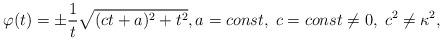
LaTeX: \begin{align*} \varphi(t) = \pm \frac{1}{t} \sqrt{(c t+a)^2 + t^2}, a =const, \; c = const \neq 0,\; c^2 \neq \kappa^2,\end{align*}